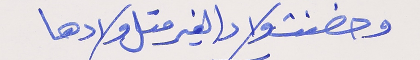
وحضنت ولاد الغير متل ولادها